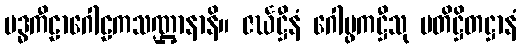
ဗဒ္ဓကီဠာဂေါဠကသဏ္ဌာနာနိ။ ဇင်္ဃဋ္ဌီနံ ဂေါပ္ဖကဋ္ဌီသု ပတိဋ္ဌိတဋ္ဌာနံ